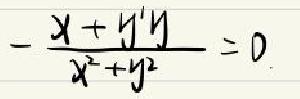
\[ -\frac{x + y'y}{x^{2}+y^{2}} = 0 \]